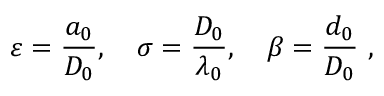
\varepsilon = \frac { a _ { 0 } } { D _ { 0 } } , \quad \sigma = \frac { D _ { 0 } } { \lambda _ { 0 } } , \quad \beta = \frac { d _ { 0 } } { D _ { 0 } } \ ,